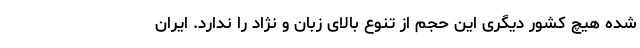
شده هیچ کشور دیگری این حجم از تنوع بالای زبان و نژاد را ندارد. ایران